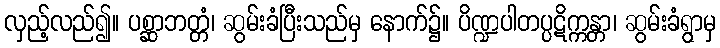
လှည့်လည်၍။ ပစ္ဆာဘတ္တံ၊ ဆွမ်းခံပြီးသည်မှ နောက်၌။ ပိဏ္ဍပါတပ္ပဋိက္ကန္တာ၊ ဆွမ်းခံရွာမှ